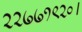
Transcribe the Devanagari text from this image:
२२७७१९२०।